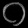
Digit: ၀